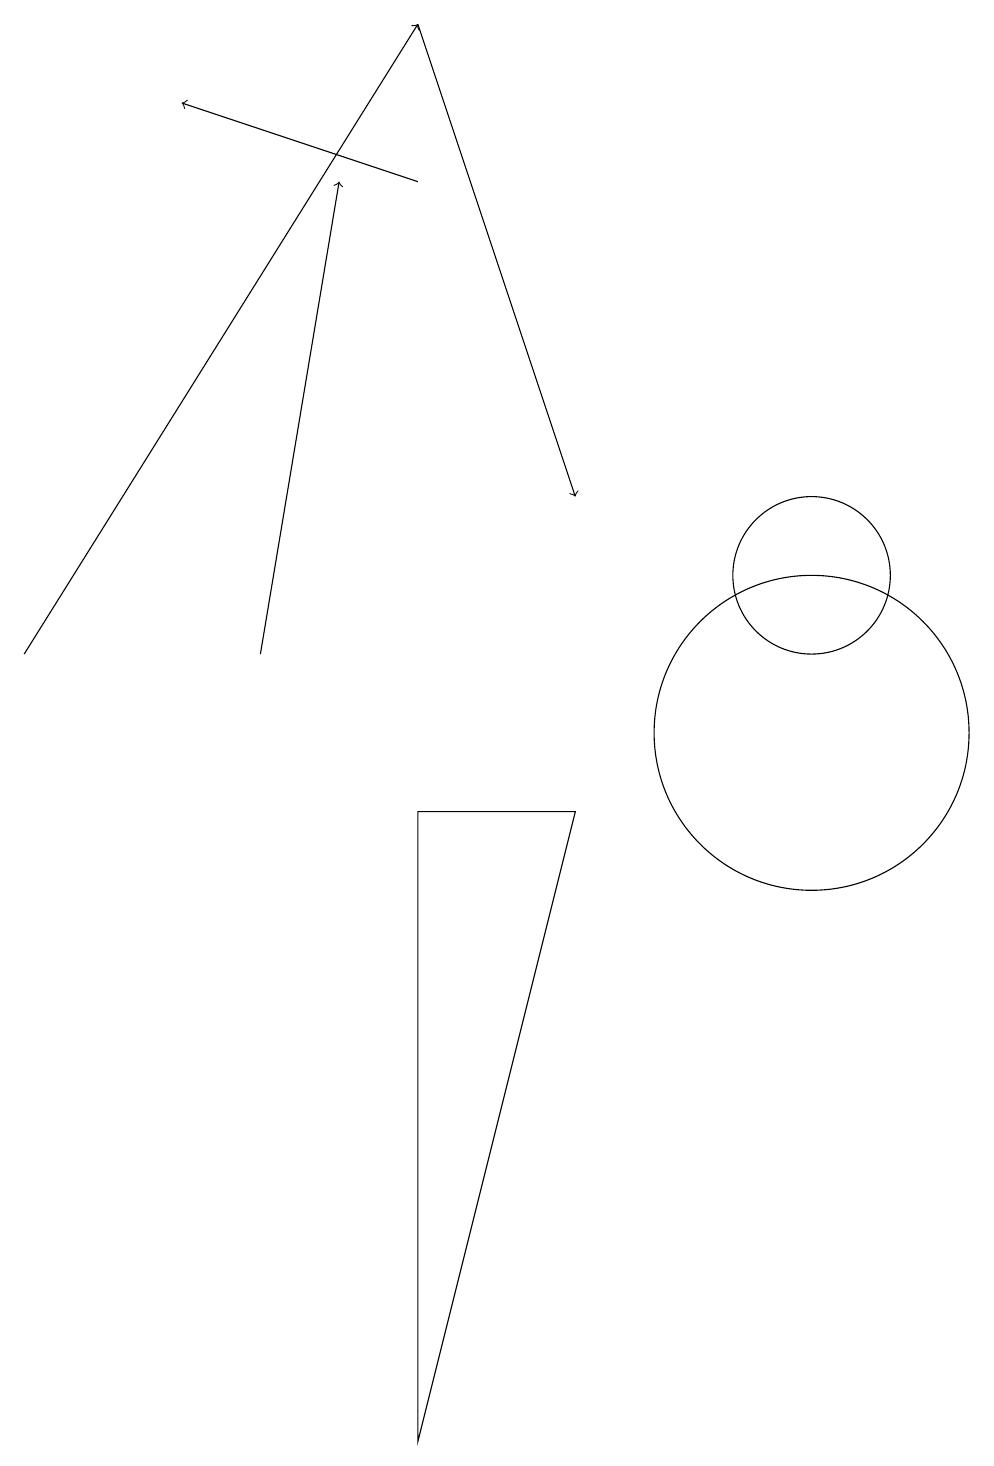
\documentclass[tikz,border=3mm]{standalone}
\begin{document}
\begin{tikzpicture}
\draw[->] (4,11) -- (5,17);
\draw (11,12) circle (1);
\draw[->] (6,17) -- (3,18);
\draw (11,10) circle (2);
\draw (6,9) -- (6,1) -- (8,9) -- cycle;
\draw[->] (1,11) -- (6,19);
\draw[->] (6,19) -- (8,13);
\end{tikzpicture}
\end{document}